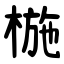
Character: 椸